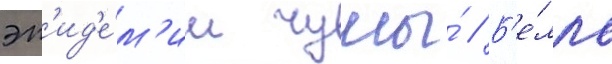
эп'ид'е́м'ии чумы́ // Б'е́лль